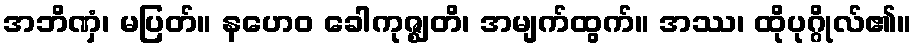
အဘိဏှံ၊ မပြတ်။ နဟေဝ ခေါကုဇ္ဈတိ၊ အမျက်ထွက်။ အဿ၊ ထိုပုဂ္ဂိုလ်၏။